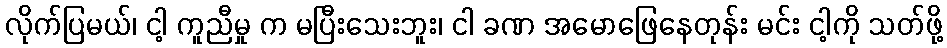
လိုက်ပြမယ်၊ ငါ့ ကူညီမှု က မပြီးသေးဘူး၊ ငါ ခဏ အမောဖြေနေတုန်း မင်း ငါ့ကို သတ်ဖို့